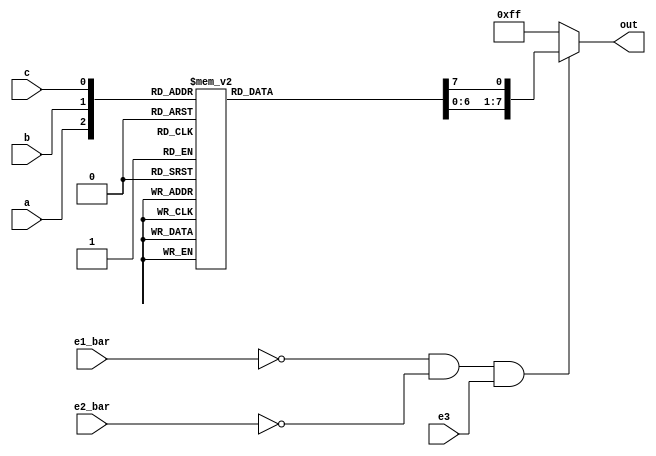
module dec74138(
input a,
input b,
input c,
input e1_bar,
input e2_bar,
input e3,
output reg [7:0] out
);


always@(a or b or c) begin

	if ((e1_bar == 0) && (e2_bar == 0) && (e3 == 1)) begin
	    out=8'b11111111;
          case ({a,b,c})
              3'b000: out[0]=1'b0;
              3'b001: out[1]=1'b0;
              3'b010: out[2]=1'b0;
              3'b011: out[3]=1'b0;
              3'b100: out[4]=1'b0;
              3'b101: out[5]=1'b0;
              3'b110: out[6]=1'b0;
              3'b111: out[7]=1'b0;
          endcase
	end
	else
		out = 8'b11111111;
end

endmodule